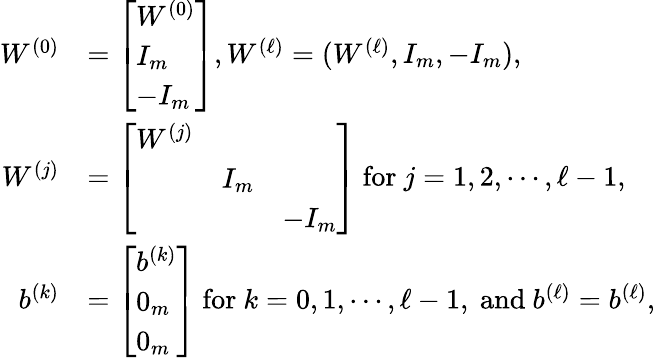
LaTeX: \begin{array}{rl}{W^{(0)}}&{=\left[\begin{array}{l}{W^{(0)}}\\ {I_{m}}\\ {-I_{m}}\end{array}\right],W^{(\ell)}=(W^{(\ell)},I_{m},-I_{m}),}\\ {W^{(j)}}&{=\left[\begin{array}{lll}{W^{(j)}}&&\\ &{I_{m}}&\\ &&{-I_{m}}\end{array}\right]\mathrm{~for~}j=1,2,\cdots,\ell-1,}\\ {b^{(k)}}&{=\left[\begin{array}{l}{b^{(k)}}\\ {0_{m}}\\ {0_{m}}\end{array}\right]\mathrm{~for~}k=0,1,\cdots,\ell-1,\mathrm{~and~}b^{(\ell)}=b^{(\ell)},}\end{array}